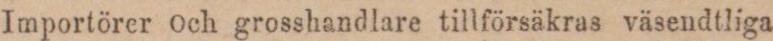
Importörer och grosshandlare tillförsäkras väsendtliga